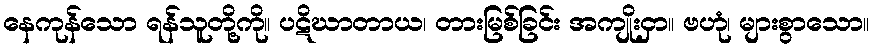
နေကုန်သော ရန်သူတို့ကို။ ပဋိဃာတာယ၊ တားမြစ်ခြင်း အကျိုးငှာ။ ဗဟုံ၊ များစွာသော။